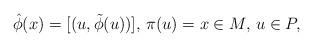
LaTeX: \begin{align*}\hat{\phi}(x) = [(u,\tilde{\phi}(u))], \, \pi(u)=x\in M,\, u\in P,\end{align*}